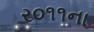
ર૦૧૧ના